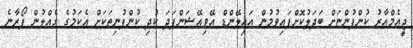
ޖީއެމްއާރު ކުންފުންޏަށް ބަދަލުކޮށްފައިވުމުން އައިލޭންޑް އޭވިއޭޝަންފަދަ ކުދި ކުންފުނިތަކަށް އެކަމުގެ ގެއްލުން ފޯރާނެ